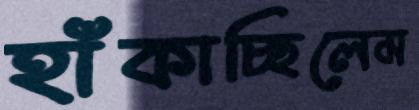
হাঁকাচ্ছিলেম